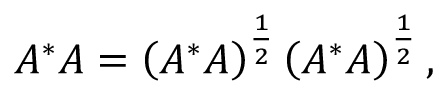
A ^ { * } A = \left( A ^ { * } A \right) ^ { \frac { 1 } { 2 } } \left( A ^ { * } A \right) ^ { \frac { 1 } { 2 } } ,